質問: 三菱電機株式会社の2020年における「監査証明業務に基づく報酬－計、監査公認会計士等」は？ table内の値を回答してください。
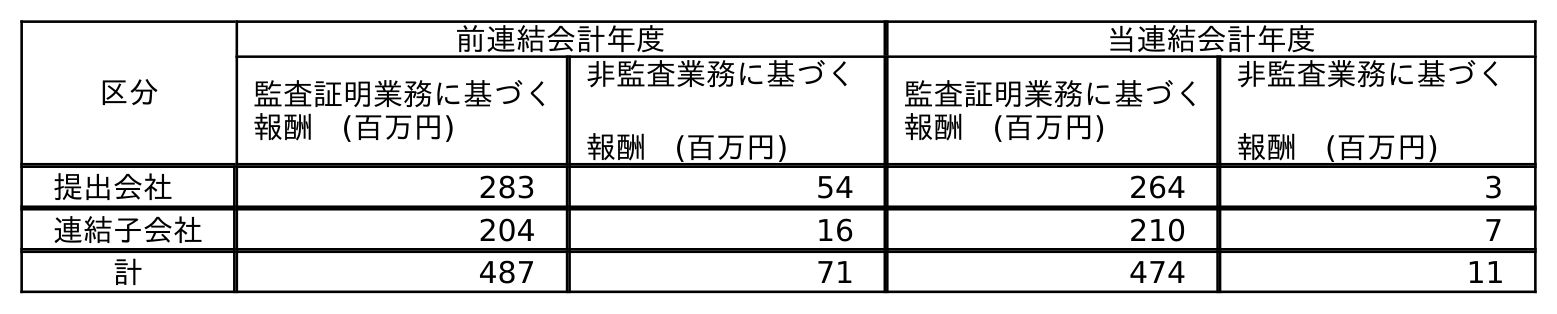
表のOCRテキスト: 区分 前連結会計年度 当連結会計年度 監査証明業務に基づく 報酬 (百万円) 非監査業務に基づく 報酬 (百万円) 監査証明業務に基づく 報酬 (百万円) 非監査業務に基づく 報酬 (百万円) 提出会社 283 54 264 3 連結子会社 204 16 210 7 計 487 71 474 11
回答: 474